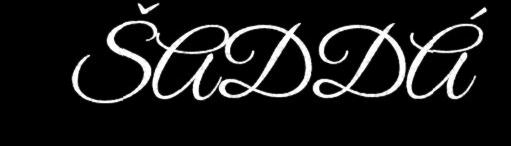
ŠADDÁ